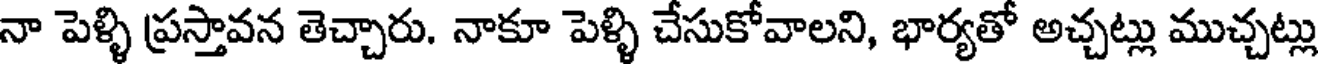
నా పెళ్ళి ప్రస్తావన తెచ్చారు. నాకూ పెళ్ళి చేసుకోవాలని, భార్యతో అచ్చట్లు ముచ్చట్లు